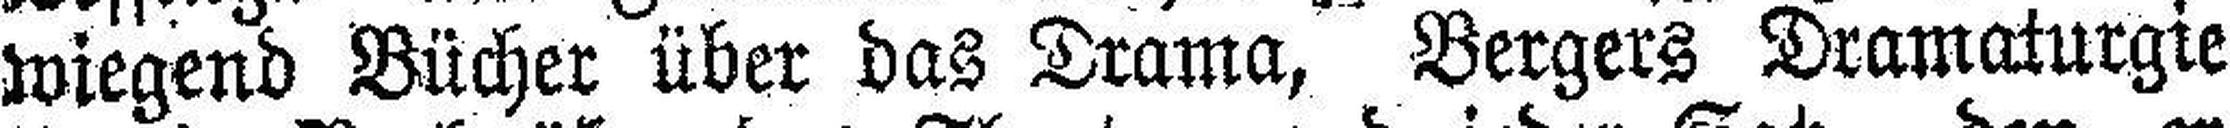
wiegend Bücher über das Drama, Bergers Dramaturgie